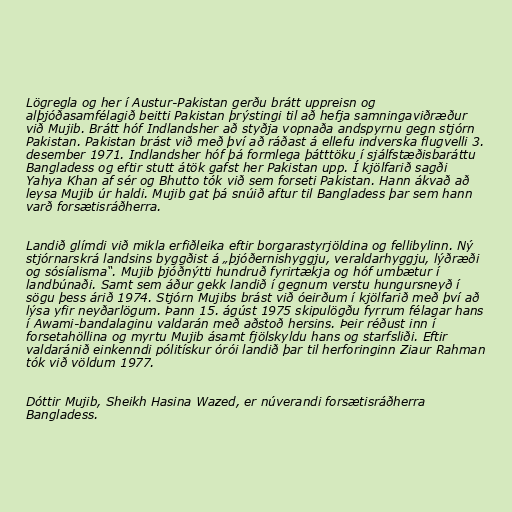
Lögregla og her í Austur-Pakistan gerðu brátt uppreisn og
alþjóðasamfélagið beitti Pakistan þrýstingi til að hefja samningaviðræður
við Mujib. Brátt hóf Indlandsher að styðja vopnaða andspyrnu gegn stjórn
Pakistan. Pakistan brást við með því að ráðast á ellefu indverska flugvelli 3.
desember 1971. Indlandsher hóf þá formlega þátttöku í sjálfstæðisbaráttu
Bangladess og eftir stutt átök gafst her Pakistan upp. Í kjölfarið sagði
Yahya Khan af sér og Bhutto tók við sem forseti Pakistan. Hann ákvað að
leysa Mujib úr haldi. Mujib gat þá snúið aftur til Bangladess þar sem hann
varð forsætisráðherra.

Landið glímdi við mikla erfiðleika eftir borgarastyrjöldina og fellibylinn. Ný
stjórnarskrá landsins byggðist á „þjóðernishyggju, veraldarhyggju, lýðræði
og sósíalisma“. Mujib þjóðnýtti hundruð fyrirtækja og hóf umbætur í
landbúnaði. Samt sem áður gekk landið í gegnum verstu hungursneyð í
sögu þess árið 1974. Stjórn Mujibs brást við óeirðum í kjölfarið með því að
lýsa yfir neyðarlögum. Þann 15. ágúst 1975 skipulögðu fyrrum félagar hans
í Awami-bandalaginu valdarán með aðstoð hersins. Þeir réðust inn í
forsetahöllina og myrtu Mujib ásamt fjölskyldu hans og starfsliði. Eftir
valdaránið einkenndi pólitískur órói landið þar til herforinginn Ziaur Rahman
tók við völdum 1977.

Dóttir Mujib, Sheikh Hasina Wazed, er núverandi forsætisráðherra
Bangladess.